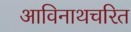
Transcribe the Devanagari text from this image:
आविनाथचरित